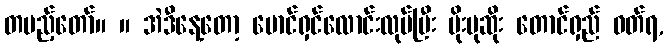
တပည့်တော်။ ။ အဲဒီနေ့တော့ မောင်ရှင်လောင်းလုပ်ပြီး ပိုးပုဆိုး တောင်ရှည် ဝတ်ရ,